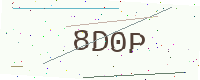
Text: 8D0P